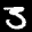
Label: 3